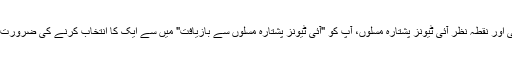
رسائی اور نقطہ نظر آئی ٹیونز پشتارہ مسلوں، آپ کو "آئی ٹیونز پشتارہ مسلوں سے بازیافت" میں سے ایک کا انتخاب کرنے کی ضرورت ہے ۔